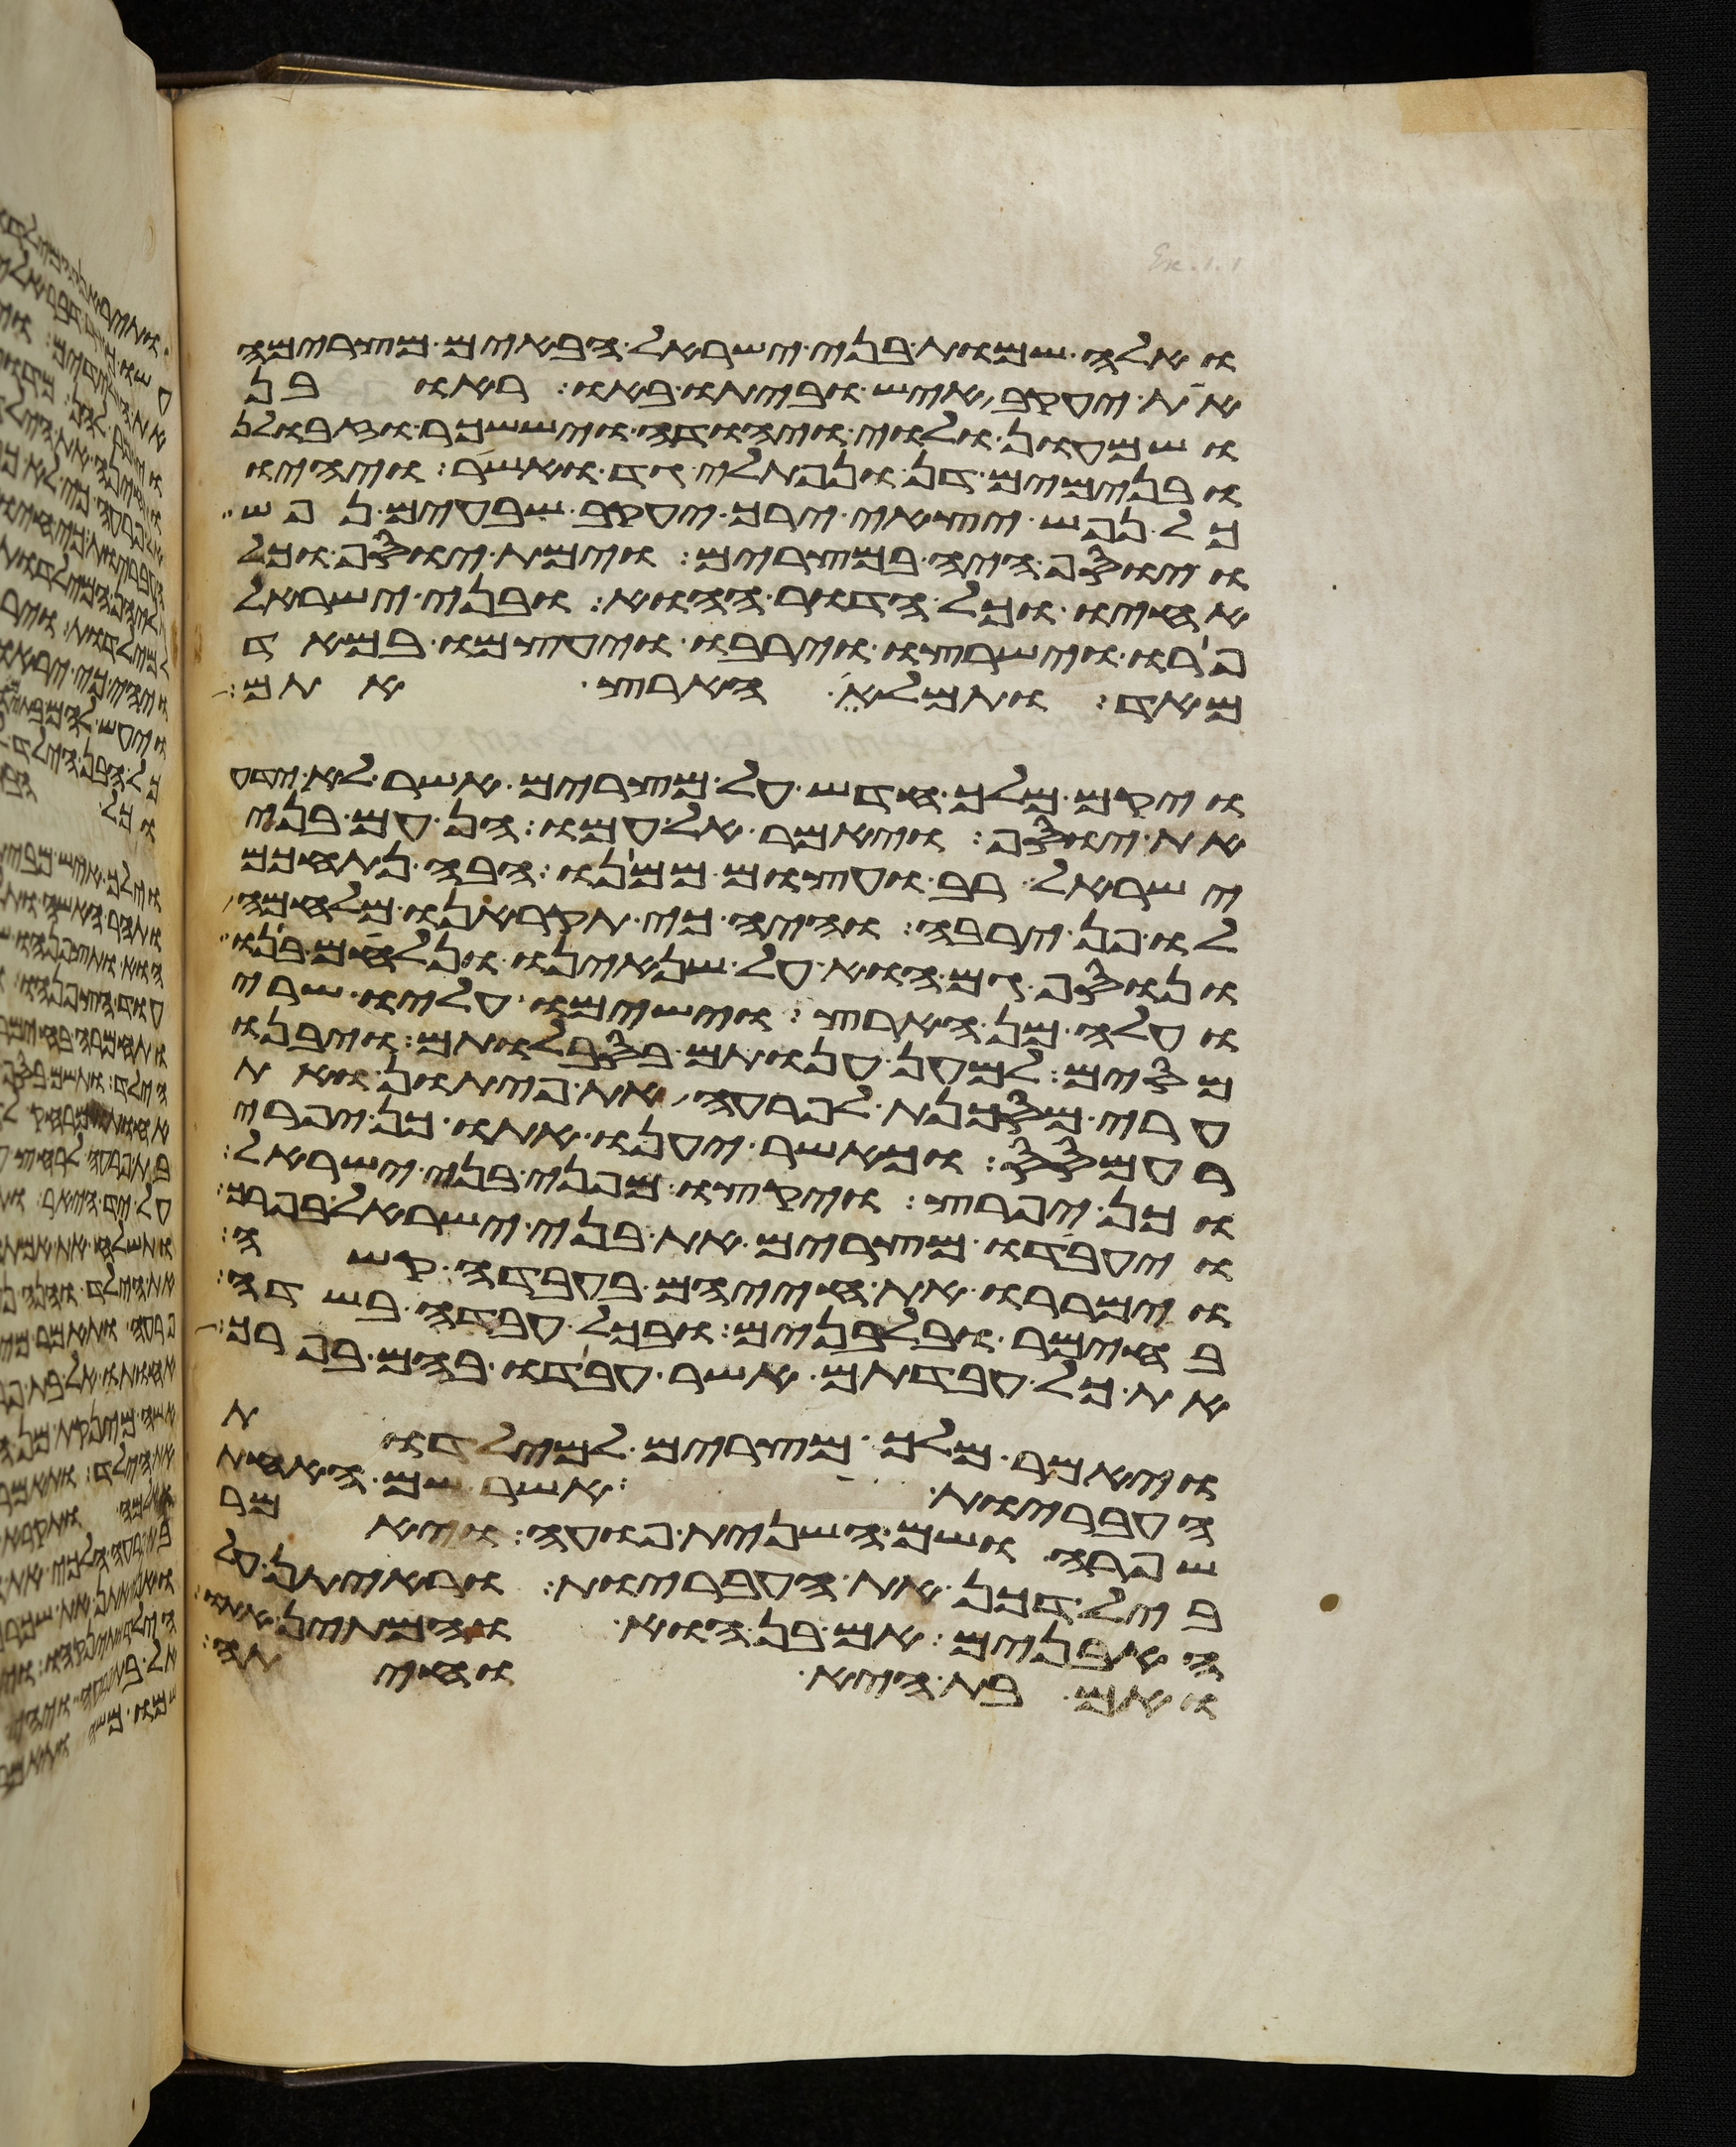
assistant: ואלה שמות בני ישראל הבאים מצרימה
את יעקב איש וביתו באו ראובן
ושמעון ולוי ויהודה ויששכר וזבולן
ובנימים דן ונפתלי גד ואשר ויהיו
כל נפש יצאי ירך יעקב שבעים נפש
ויוסף היה במצרים וימת יוסף וכל
אחיו וכל הדור ההוא ובני ישראל
פרו וישרצו וירבו ויעצמו במאד
מאד ותמלא הארץ אתם
ויקם מלך חדש על מצרים אשר לא ידע
את יוסף ויאמר אל עמו הן עם בני
ישראל רב ועצום ממנו הבה נתחכם
לו פן ירבה והיה כי תקראנו מלחמה
ונוסף גם הוא על שנאינו ונלחם בנו
ועלה מן הארץ וישמו עליו שרי
מסים למען ענותם בסבלותם ויבנו
ערי מסכנת לפרעה את פיתון ואת
רעמסס וכאשר יענו אתו כן יפרה
וכן יפרץ ויקצו מפני בני ישראל
ויעבדו מצרים את בני ישראל בפרך
וימררו את חייהם בעבדה קשה
בחימר ובלבנים ובכל עבדה בשדה
את כל עבדתם אשר עבדו בהם בפרך
ויאמר מלך מצרים למילדות
העבריות אשר שם האחת
שפרה ושם השנית פועה ויאמר
בילדכן את העבריות וראיתן
האבנים אם בן הוא והמתן
ואם בת היא וחיתה